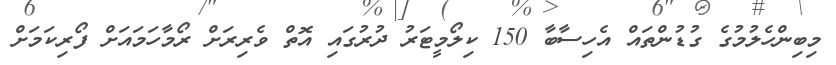
މިބިންހެލުމުގެ ގުޑުންތައް އެހިސާބާ 150 ކިލޯމީޓަރު ދުރުގައި އޮތް ވެރިރަށް ރޯމާހަމައަށް ފޯރިކަމަށް